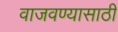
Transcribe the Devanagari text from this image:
वाजवण्यासाठी